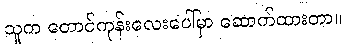
သူက တောင်ကုန်းလေးပေါ်မှာ ဆောက်ထားတာ။